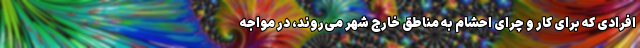
افرادی که برای کار و چرای احشام به مناطق خارج شهر می‌روند، در مواجه